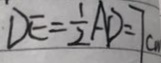
D E = \frac { 1 } { 2 } A D = 7 c m